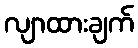
လျာထားချက်